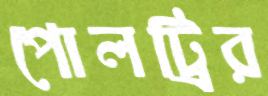
পোলট্রির